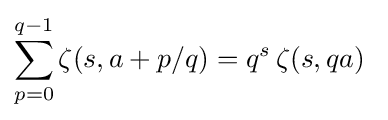
\sum _{p=0}^{q-1}\zeta (s,a+p/q)=q^{s}\,\zeta (s,qa)\